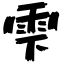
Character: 雫